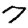
Digit: 7